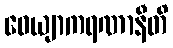
ဝေယျာကရဏာနီတိ